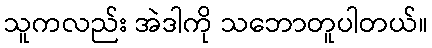
သူကလည်း အဲဒါကို သဘောတူပါတယ်။